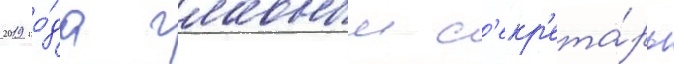
2019 го́да главныи с'екр'ета́рь